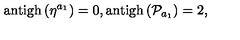
\mathrm { a n t i g h } \left( \eta ^ { a _ { 1 } } \right) = 0 , \mathrm { a n t i g h } \left( \mathcal { P } _ { a _ { 1 } } \right) = 2 ,